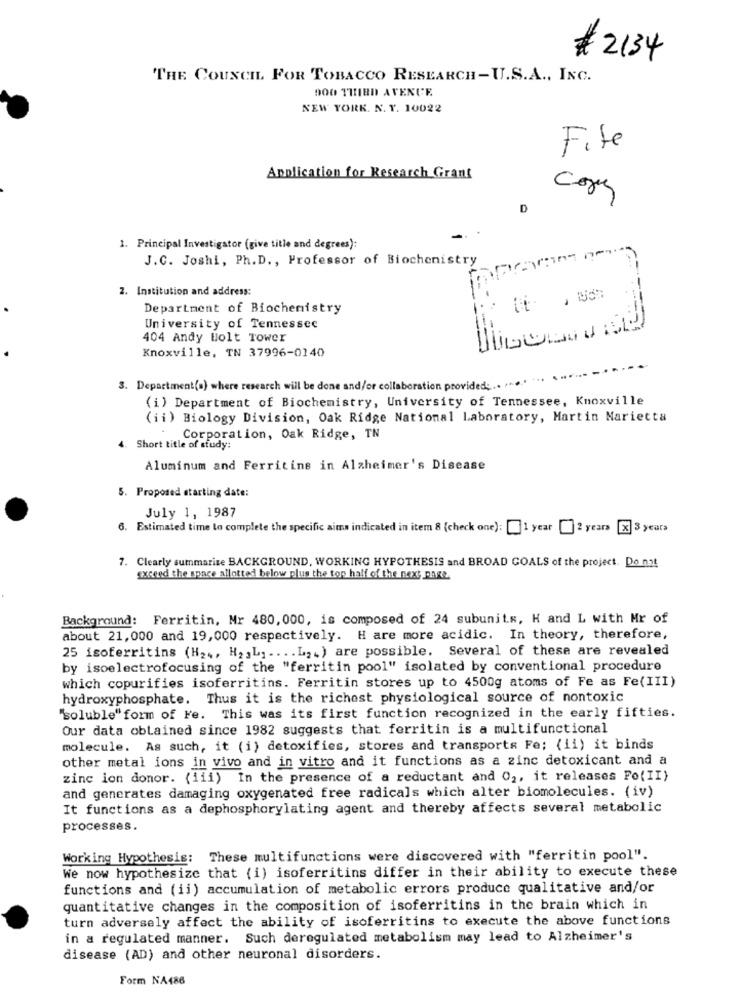
# 2134
THE COUNCIL FOR TOBACCO RESEARCH-U.S.A ., INC.
900 THIRD AVENUE.
NEW YORK. N. Y. 10022
Fife
Application for Research Grant
D
1. Principal Investigator (give title and degrees):
J.C. Joshi, Ph.D ., Professor of Biochemistry
2. Institution and address:
Department of Biochemistry
University of Tennessee
404 Andy bolt Tower
Knoxville, TN 37996-0140
3. Department(s) where research will be done and/or collaboration provided ;..
(i) Department of Biochemistry, University of Tennessee, Knoxville
(ii) Biology Division, Oak Ridge National Laboratory, Martin Marietta
Corporation, Oak Ridge, TN
Short title of study:
Aluminum and Ferritins in Alzheimer's Disease
5. Proposed starting date:
July 1, 1987
6. Estimated time to complete the specific aims indicated in item 8 (check one): [1 year [ 2 years [X] 3 years
7. Clearly summarize BACKGROUND, WORKING HYPOTHESIS and BROAD GOALS of the project. Do not
exceed the space allotted below plus the top half of the next page
Background: Ferritin, Mr 480, 000, is composed of 24 subunits, H and L with Mr of
about 21,000 and 19,000 respectively. H are more acidic. In theory, therefore,
25 isoferritins (H2 ,, H2 , L. .... L. . ) are possible. Several of these are revealed
by isoelectrofocusing of the "ferritin pool" isolated by conventional procedure
which copurifies isoferritins. Ferritin stores up to 4500g atoms of Fe as Fe(III)
hydroxyphosphate. Thus it is the richest physiological source of nontoxic
"soluble" form of Fe. This was its first function recognized in the early fifties.
Our data obtained since 1982 suggests that ferritin is a multifunctional
molecule. As such, it (i) detoxifies, stores and transports Fe; (ii) it binds
other metal ions in vivo and in vitro and it functions as a zinc detoxicant and a
zinc ion donor. (iii) In the presence of a reductant and 02, it releases Fo(II)
and generates damaging oxygenated free radicals which alter biomolecules. (iv)
It functions as a dephosphorylating agent and thereby affects several metabolic
processes.
Working Hypothesis: These multifunctions were discovered with "ferritin pool".
We now hypothesize that (i) isoferritins differ in their ability to execute these
functions and (ii) accumulation of metabolic errors produce qualitative and/or
quantitative changes in the composition of isoferritins in the brain which in
turn adversely affect the ability of isoferritins to execute the above functions
in a regulated manner. Such deregulated metabolism may lead to Alzheimer's
disease (AD) and other neuronal disorders.
Form NA486